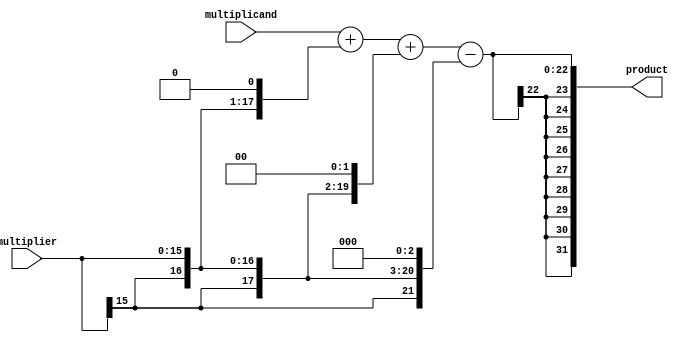
module booth_multiplier (
    input [15:0] multiplicand,
    input [15:0] multiplier,
    output reg [31:0] product
);

reg [31:0] partial_product[3:0];

always @* begin
    partial_product[0] = {16'b0, multiplicand};
    partial_product[1] = {16'b0, {multiplier[15], multiplier}};
    partial_product[2] = {16'b0, {2{multiplier[15]}}, multiplier};
    partial_product[3] = {16'b0, {3{multiplier[15]}}, multiplier};
    
    product = partial_product[0] + (partial_product[1] << 1) + (partial_product[2] << 2) - (partial_product[3] << 3);
end

endmodule